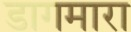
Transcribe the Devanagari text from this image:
डागमारा